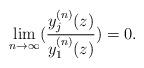
LaTeX: \begin{align*}\lim_{n\to\infty}(\frac{y_j^{(n)}(z)} {y_1^{(n)}(z)})=0.\end{align*}